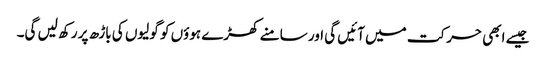
جیسے ابھی حرکت میں آئیں گی اور سامنے کھڑے ہوؤں کو گولیوں کی باڑھ پر رکھ لیں گی۔